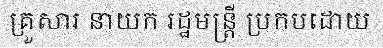
គ្រួសារ នាយក រដ្ឋមន្ត្រី ប្រកបដោយ